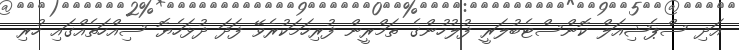
އަދި ސްޕެޝިއަލް ކޮންސްޓެބުލަރީ ފުލުހުންގެ ތަމްރީން ފުރިހަމަކުރެވޭ ފަދަ ދުޅަހެޔޮ ސިއްހަތެއްގައި ހުރި